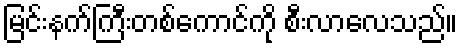
မြင်းနက်ကြီးတစ်ကောင်ကို စီးလာလေသည်။